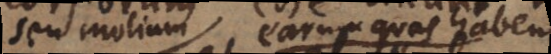
seu molium earum quas habent